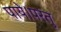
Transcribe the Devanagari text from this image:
पाये।परंतु